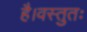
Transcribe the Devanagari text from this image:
है।वस्तुतः